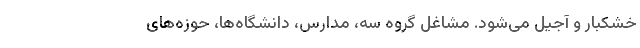
خشکبار و آجیل می‌شود. مشاغل گروه سه، مدارس، دانشگاه‌ها، حوزه‌های